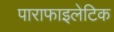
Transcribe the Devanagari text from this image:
पाराफाइलेटिक